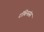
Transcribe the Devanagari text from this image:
रॉबिनसंस